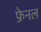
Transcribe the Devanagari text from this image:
फ्रेनल